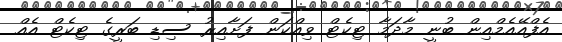
އެފްއޭއެމްއިން ބުނީ މާދަމާ ޓިކެޓް ވިއްކަން ފަށާއިރު ސިޑި ބަރީގެ ޓިކެޓް އެއް